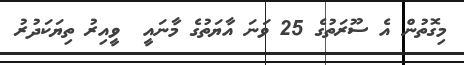
މިގޮތުން އެ ސޫރަތުގެ 25 ވަނަ އާޔަތުގެ މާނައީ  ވީއިރު ތިޔަކަދުރު